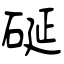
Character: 硟